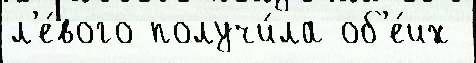
л'е́вого получи́ла об'е́их